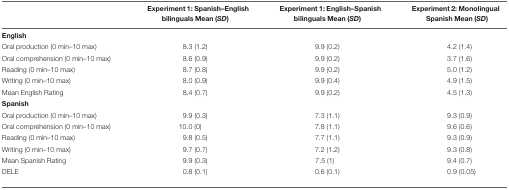
<table><thead><tr><td></td><td><b>Experiment 1: Spanish–English bilinguals Mean (<i>SD</i>)</b></td><td><b>Experiment 1: English–Spanish bilinguals Mean (<i>SD</i>)</b></td><td><b>Experiment 2: Monolingual Spanish Mean (<i>SD</i>)</b></td></tr></thead><tbody><tr><td><b>English</b></td></tr><tr><td>Oral production (0 min–10 max)</td><td>8.3 (1.2)</td><td>9.9 (0.2)</td><td>4.2 (1.4)</td></tr><tr><td>Oral comprehension (0 min–10 max)</td><td>8.6 (0.9)</td><td>9.9 (0.2)</td><td>3.7 (1.6)</td></tr><tr><td>Reading (0 min–10 max)</td><td>8.7 (0.8)</td><td>9.9 (0.2)</td><td>5.0 (1.2)</td></tr><tr><td>Writing (0 min–10 max)</td><td>8.0 (0.9)</td><td>9.9 (0.4)</td><td>4.9 (1.5)</td></tr><tr><td>Mean English Rating</td><td>8.4 (0.7)</td><td>9.9 (0.2)</td><td>4.5 (1.3)</td></tr><tr><td><b>Spanish</b></td></tr><tr><td>Oral production (0 min–10 max)</td><td>9.9 (0.3)</td><td>7.3 (1.1)</td><td>9.3 (0.9)</td></tr><tr><td>Oral comprehension (0 min–10 max)</td><td>10.0 (0)</td><td>7.8 (1.1)</td><td>9.6 (0.6)</td></tr><tr><td>Reading (0 min–10 max)</td><td>9.8 (0.5)</td><td>7.7 (1.1)</td><td>9.3 (0.9)</td></tr><tr><td>Writing (0 min–10 max)</td><td>9.7 (0.7)</td><td>7.2 (1.2)</td><td>9.3 (0.8)</td></tr><tr><td>Mean Spanish Rating</td><td>9.9 (0.3)</td><td>7.5 (1)</td><td>9.4 (0.7)</td></tr><tr><td>DELE</td><td>0.8 (0.1)</td><td>0.6 (0.1)</td><td>0.9 (0.05)</td></tr></tbody></table>